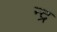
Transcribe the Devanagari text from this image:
न्द्र